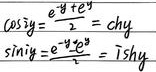
\[
\begin{align*}
\cos iy&=\frac{e^{iy}+e^{-iy}}{2}=\text{ch}y\\
\sin iy&=\frac{e^{-y}-e^{y}}{2i}=i\text{sh}y
\end{align*}
\]